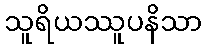
သူရိယဿူပနိသာ